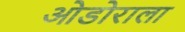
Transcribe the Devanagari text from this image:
ओडोराला